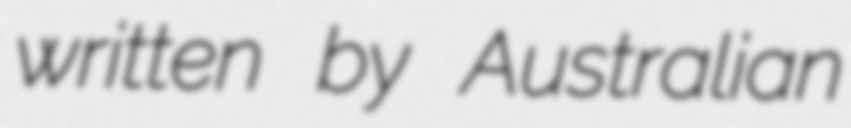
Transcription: written by Australian